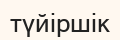
түйіршік